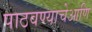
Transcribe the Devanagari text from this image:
पाठवण्याचेआणि